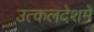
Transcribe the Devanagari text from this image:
उत्कलदेशमे